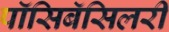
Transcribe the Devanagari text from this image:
पॉसिबॅसिलरी